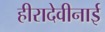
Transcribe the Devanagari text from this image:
हीरादेवीनाई